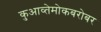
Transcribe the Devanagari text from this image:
कुआव्तेमोकबरोबर